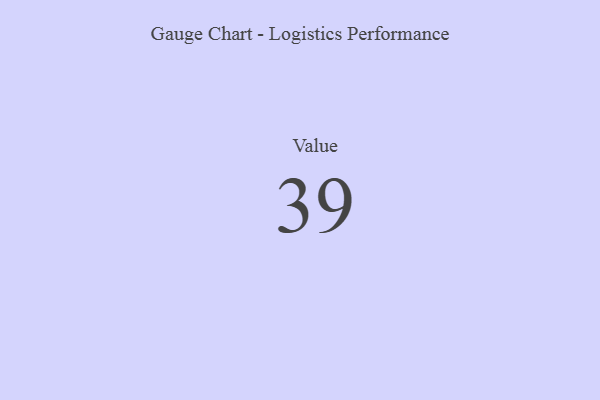
{"axis": {"x": "Metric", "y": "Value"}, "legend": [""], "data": [{"x": "Value", "y": 39, "type": ""}]}